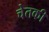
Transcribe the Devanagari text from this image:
चेतकी